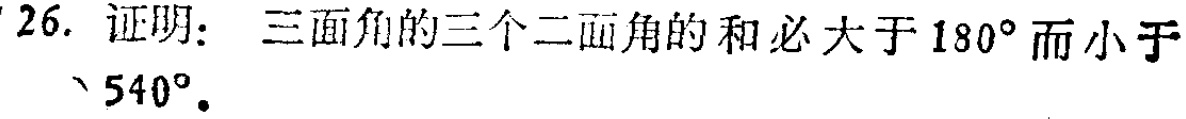
26. 证明：三面角的三个二面角的和必大于\(180^{\circ}\)而小于\(540^{\circ}\)。